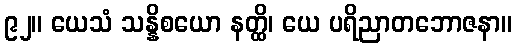
၉၂။ ယေသံ သန္နိစယော နတ္ထိ၊ ယေ ပရိညာတဘောဇနာ။